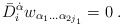
\begin{align*} \bar D_i^{\dot\alpha} w_{\alpha_1\ldots\alpha_{2j_1}}=0\;.\end{align*}